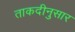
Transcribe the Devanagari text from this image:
ताकदीनुसार